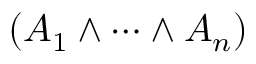
( A _ { 1 } \land \cdots \land A _ { n } )